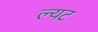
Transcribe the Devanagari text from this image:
ल्यट